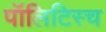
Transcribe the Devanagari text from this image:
पॉलिटिस्च